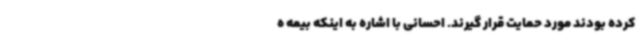
کرده بودند مورد حمایت قرار گیرند. احسانی با اشاره به اینکه بیمه ه